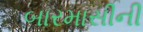
બારમાસીની